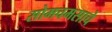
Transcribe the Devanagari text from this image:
सोमचमसाचे